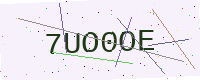
Text: 7UO0OE